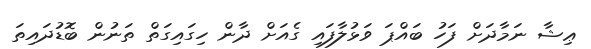
ޢިޝާ ނަމާދަށް ފަހު ބައްޕަ ވަޅުލާފައި ގެއަށް ދާން ހިގައިގަތް ތަނުން ބޮޑުދައިތަ